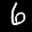
Label: 6